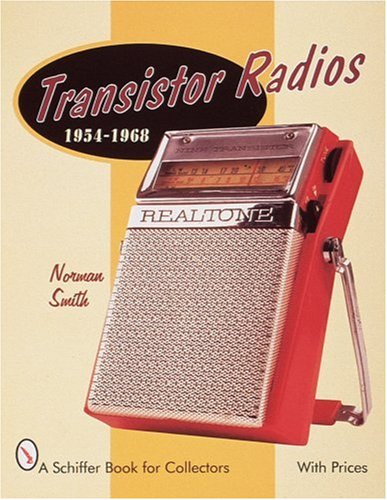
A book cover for Transistor Radios: 1954-1968 (A Schiffer Book for Collectors); Norman R. Smith; Crafts, Hobbies & Home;